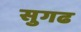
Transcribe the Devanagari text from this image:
सुगढ